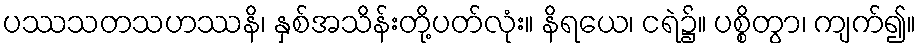
ပဿသတသဟဿနိ၊ နှစ်အသိန်းတို့ပတ်လုံး။ နိရယေ၊ ငရဲ၌။ ပစ္စိတွာ၊ ကျက်၍။